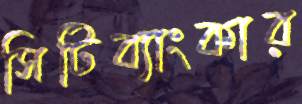
সিটিব্যাংকার